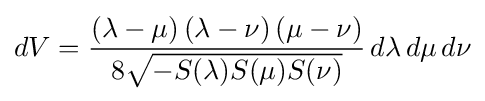
dV={\frac {\left(\lambda -\mu \right)\left(\lambda -\nu \right)\left(\mu -\nu \right)}{8{\sqrt {-S(\lambda )S(\mu )S(\nu )}}}}\,d\lambda \,d\mu \,d\nu